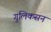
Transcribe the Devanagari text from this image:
गुलिकसन